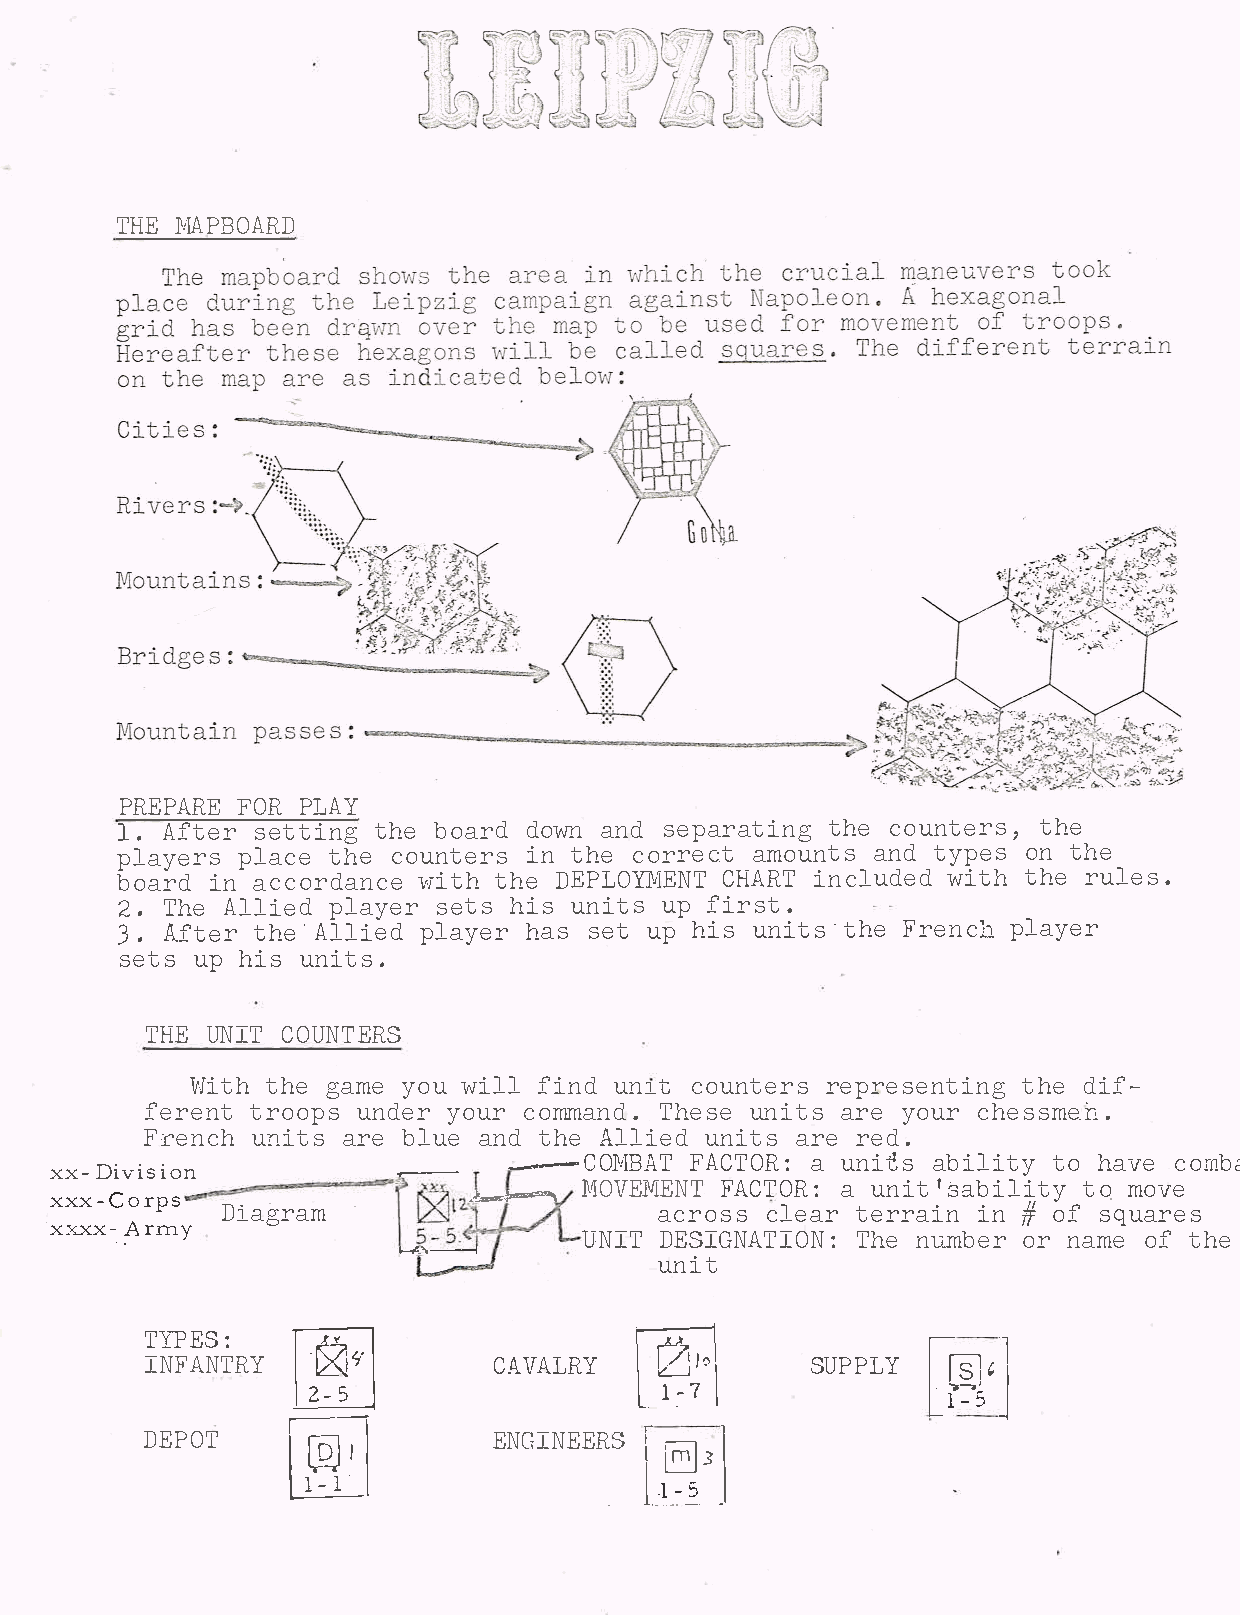
THEM APBOARD
 PREPAFROERP  LAY
 1.Aftesre   ttitnhgeb  oarddo wn    saenpda rattihnecg o untetrhse,
 playeprlsa   cteh ec ounteirnts h ec orreacmto unatnsdt ypeosn t he
 boaridna  ccordavn.rciteth he   DEPLOCYMHEANRiTTn cluwdietdth h er ules.
 J2..TheA llipelda  yseert hsi su nitusp f irst.
 Aftetrh  e.Allpileady   hears s etu ph isu nits·Ftrheen pclha yer
 setusp  h isu nits.
 THEU NIT     COUN�ERS
 Witthh   eg amyeo uw ilfli nudn ict.o unterresp resentthiedn igf ­
 feretnrto   oupnsd eyro ucro mmandT.h esuen itasr ey oucrh essme.n.
 F0encuhn   itasr eb luaen dt heA lliuendi  tasr er ed.
 1
 �-      .:---COMBFAATC   TOaR u:n itasb ilittoyh avceo rLbc
 xxD-ivision                 ..-
 )'��   MOVEMEFNATC    TORu:n  isata bji ltiot.my o ve
 xxxCo- rrmps.  .       _
 Diagram                     acrocslse    atre rraiinn# ofs quares
 ·xxxx-:y
 �                              UNIDTE  SIGNATTIhOenN  u:_ mobren ra moef t he
 �--..--1
 unti
 [@.]'
 �
 TYPES:
 INFANT�R     Y          CAVALR�Y             SUPPLY      l
 §);                1-5
 �l£L I
 DEPOT                   ENGINEERS
 .  [- -------I
 1-5